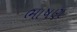
ભાષણ